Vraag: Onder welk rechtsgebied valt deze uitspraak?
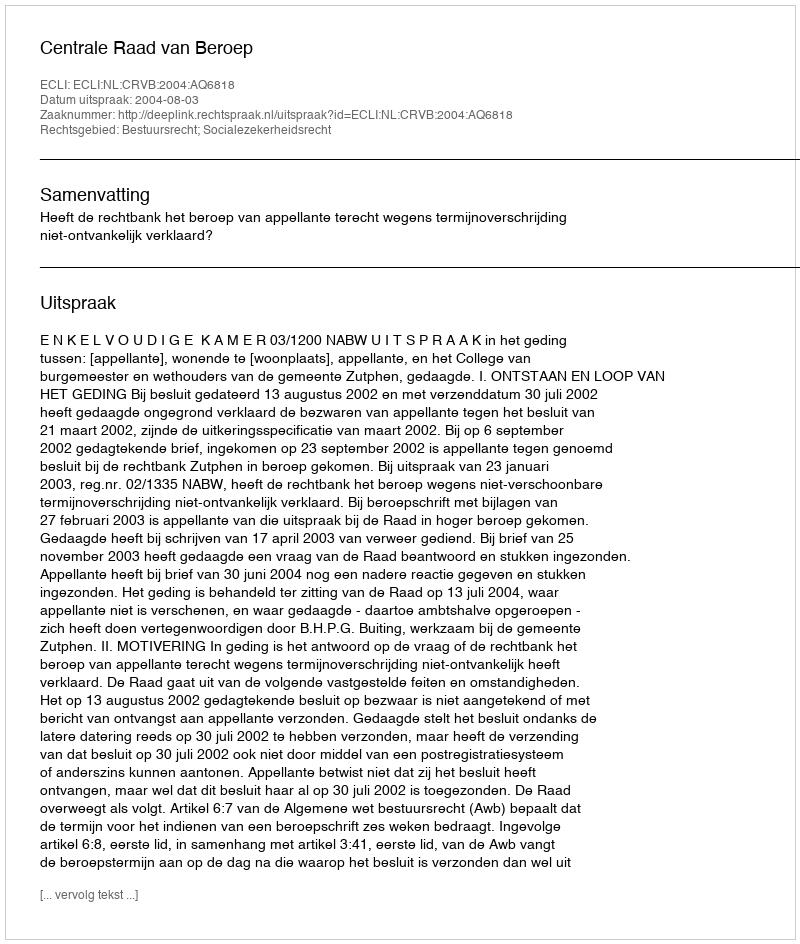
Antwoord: Bestuursrecht; Socialezekerheidsrecht